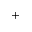
^ { + }